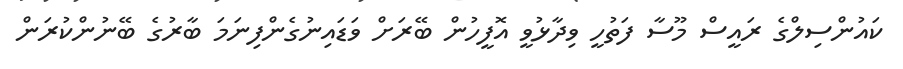
ކައުންސިލްގެ ރައީސް މޫސާ ފަތުހީ ވިދާޅުވީ އޮފީހުން ބޭރަށް ވަޑައިނުގެންފިނަމަ ބާރުގެ ބޭނުންކުރަން